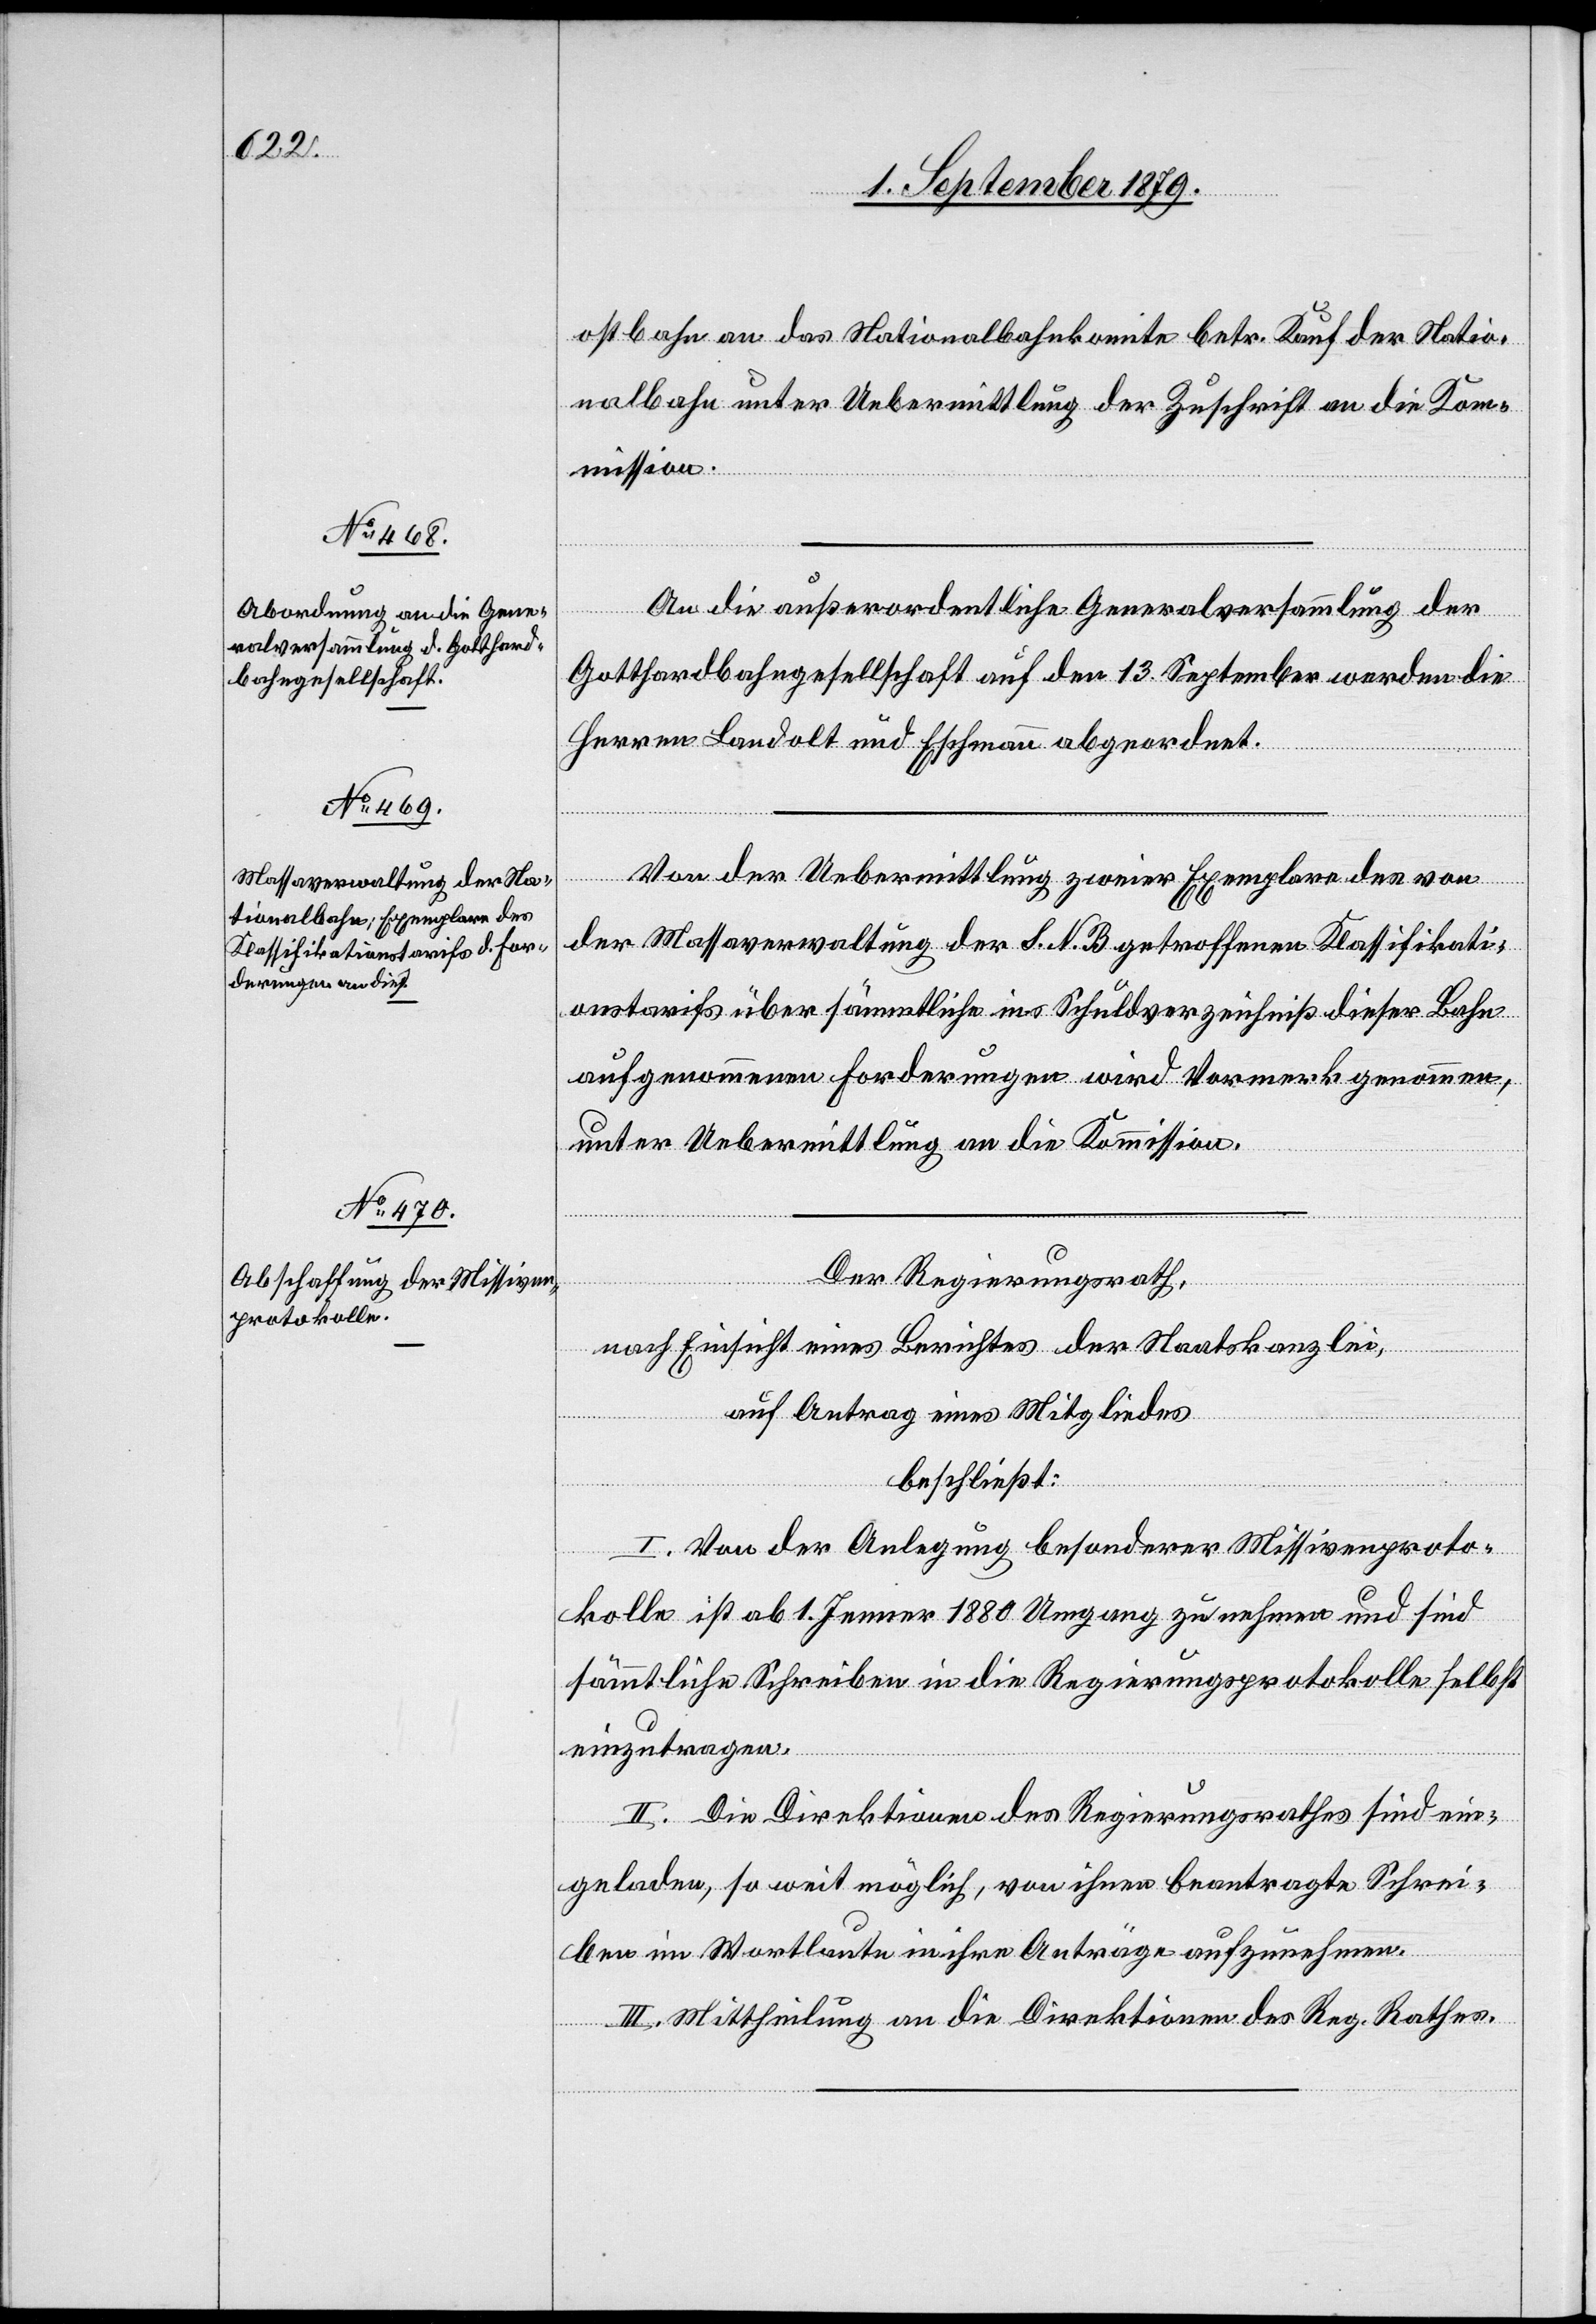
ostbahn an das Nationalbahnkomite betr. Kauf der Natio¬
nalbahn unter Uebermittlung der Zuschrift an die Kom¬
mission.
An die außerordentliche Generalversammlung der
Gotthardbahngesellschaft auf den 13. September werden die
Herren Landolt und Eschmann abgeordnet.
Von der Uebermittlung zweier Exemplare des von
der Massaverwaltung der S. N. B. getroffenen Klassifikati¬
onstarifs über sämmtliche ins Schuldverzeichniß dieser Bahn
aufgenommenen Forderungen wird Vormerk genommen,
unter Uebermittlung an die Kommission.
Der Regierungsrath,
nach Einsicht eines Berichtes der Staatskanzlei,
auf Antrag eines Mitgliedes
beschließt:
I. Von der Anlegung besonderer Missivenproto¬
kolle ist ab 1. Jenner 1880 Umgang zu nehmen und sind
sämmtliche Schreiben in die Regierungsprotokolle selbst
einzutragen.
II. Die Direktionen des Regierungsrathes sind ein¬
geladen, so weit möglich, von ihnen beantragte Schrei¬
ben im Wortlaute in ihre Anträge aufzunehmen.
III. Mittheilung an die Direktionen des Reg. Rathes.